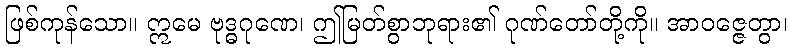
ဖြစ်ကုန်သော။ ဣမေ ဗုဒ္ဓဂုဏေ၊ ဤမြတ်စွာဘုရား၏ ဂုဏ်တော်တို့ကို။ အာဝဇ္ဇေတွာ၊